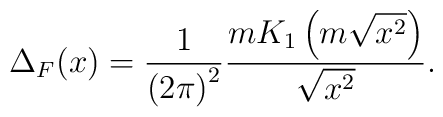
\Delta_{F}(x)=\frac{1}{{(2\pi)}^{2}}\frac{mK_{1}\left(m\sqrt{x^{2}}\right)}{\sqrt{x^{2}}}.